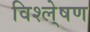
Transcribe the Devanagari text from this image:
विश्ले्षण